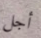
أجل